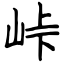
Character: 峠